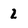
Character: 2